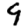
Digit: 9